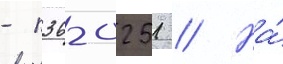
- п36-0251 // На́